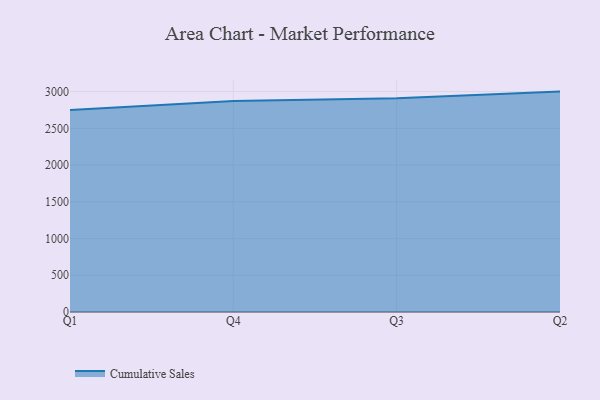
{"axis": {"x": "Quarter", "y": "Production Output"}, "legend": ["Cumulative Sales"], "data": [{"x": "Q1", "y": 2751.0, "type": "Cumulative Sales"}, {"x": "Q4", "y": 2873.0, "type": "Cumulative Sales"}, {"x": "Q3", "y": 2909.8, "type": "Cumulative Sales"}, {"x": "Q2", "y": 3000.2, "type": "Cumulative Sales"}]}